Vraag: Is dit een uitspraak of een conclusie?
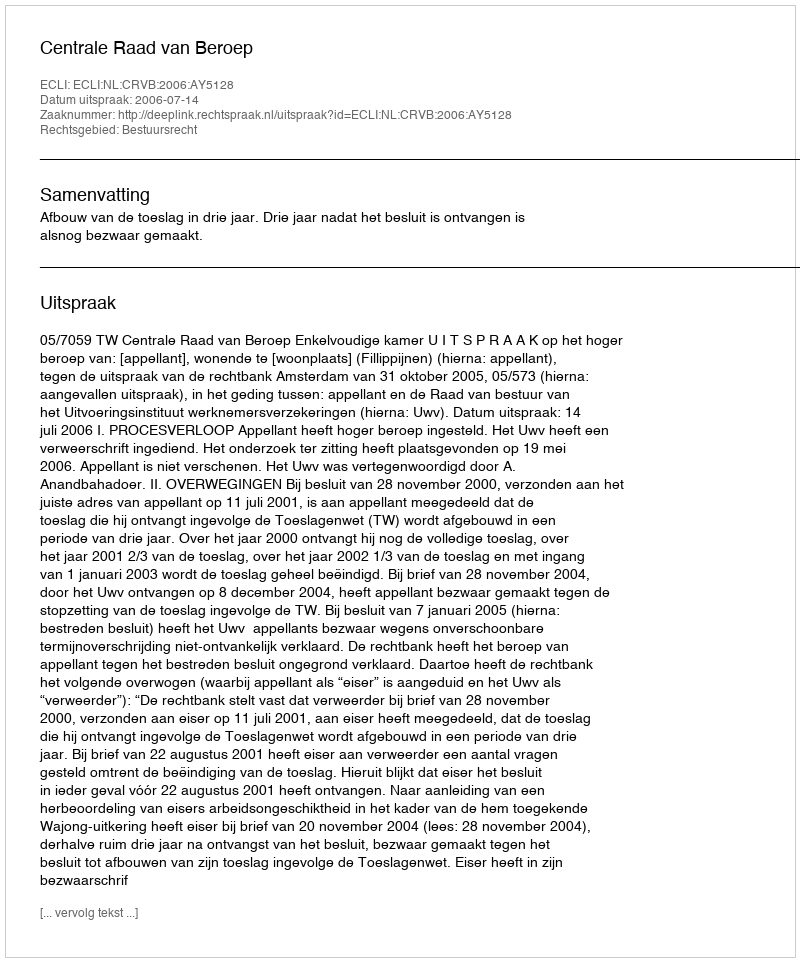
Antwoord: Uitspraak